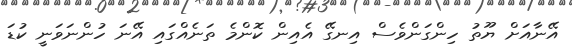
އޭނާއަށް ޔޫތު ހިންގަންވެސް އިނގޭ އެއިން ކޮންމެ ތަނެއްގައި އޭނަ ހުންނަވަނީ ކުޑަ